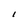
Character: l